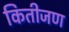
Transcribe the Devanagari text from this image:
कितीजण